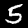
Label: 5